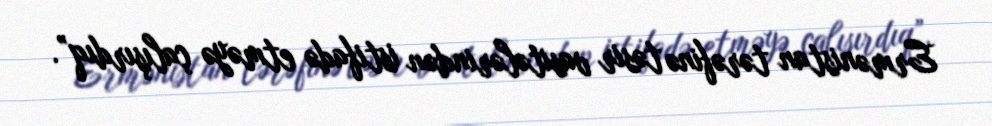
Ermənistan tərəfinə təsir vasitələrindən istifadə etməyə çalışırdıq”.